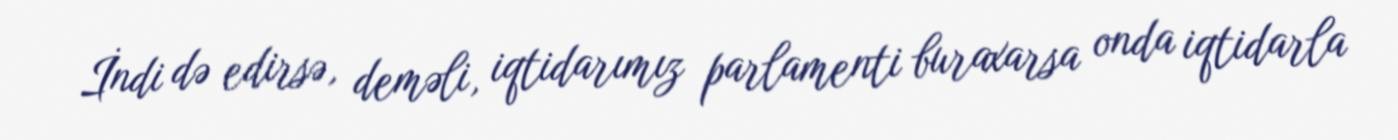
İndi də edirsə, deməli, iqtidarımız parlamenti buraxarsa onda iqtidarla